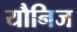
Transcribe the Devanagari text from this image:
यौनिज